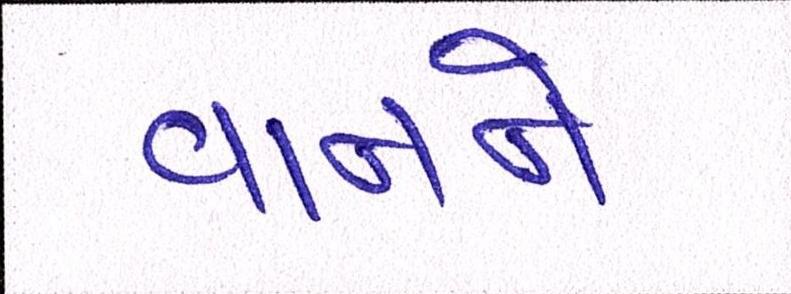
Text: વાનને